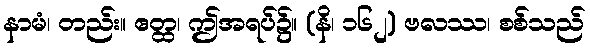
နာမံ၊ တည်း။ ဧတ္ထ၊ ဤအရပ်၌။ (နိ၊ ၁၆၂) ဗလဿ၊ စစ်သည်